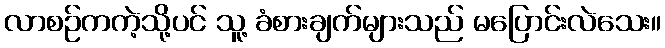
လာစဉ်ကကဲ့သို့ပင် သူ့ ခံစားချက်များသည် မပြောင်းလဲသေး။